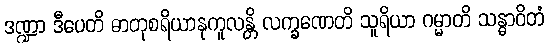
ဒဏ္ဍာ ဒီပေတိ ဓာတုစရိယာနုကူလန္တိ လက္ခဏေတိ သူရိယာ ဂမ္မာတိ သန္ဓာဝိတံ